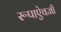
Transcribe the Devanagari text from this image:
रूपाऐवजी